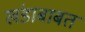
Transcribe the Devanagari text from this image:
खंडाबाबत